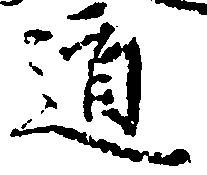
道